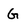
Character: G